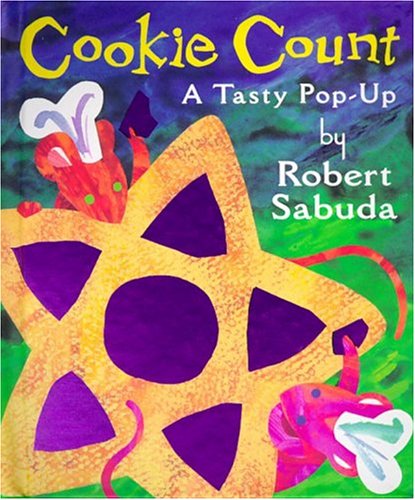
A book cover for Cookie Count: A Tasty Pop-up; Robert Sabuda; Children's Books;